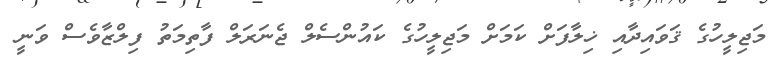
މަޖިލީހުގެ ޤަވައިދާއި ޚިލާފަށް ކަމަށް މަޖިލީހުގެ ކައުންސެލް ޖެނަރަލް ފާތިމަތު ފިލްޒާވެސް ވަނީ